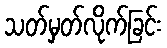
သတ်မှတ်လိုက်ခြင်း